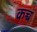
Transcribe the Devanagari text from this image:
कच्च